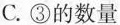
C.③的数量